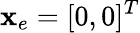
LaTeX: \mathbf{x}_{e}=[0,0]^{T}